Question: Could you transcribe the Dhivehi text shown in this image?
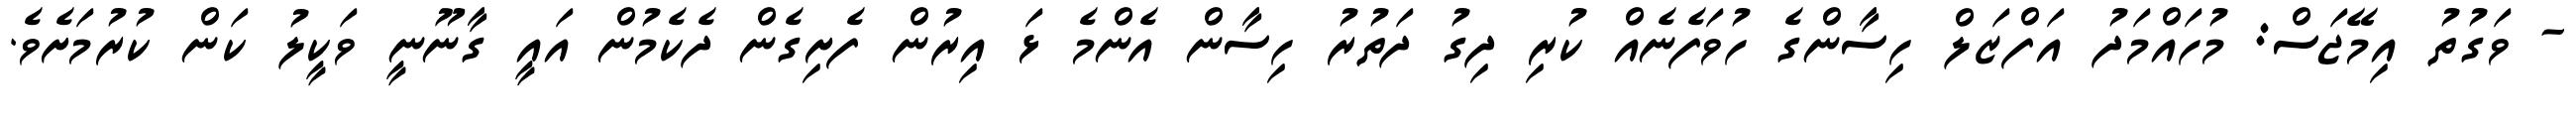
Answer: - ވަގުތު އިމޭޖަސް: މުހައްމަދު އަފްޒަލް ހިސާންގެ ހުވަފެނެއް ކުރި ދިގު ދަތުރު ހިސާން އެންމެ ޅަ އިރުން ފެށިގެން ދެކެމުން އައީ ގާނޫނީ ވަކީލު ކަން ކުރުމަށެވެ.